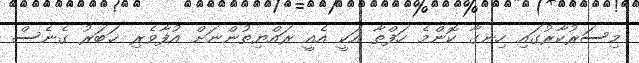
މިސަރުކާރުގައި ހިނގާ ކޮންމެ ހަފްތާ އަކީ އެއީ ރައްޔިތުންނަށް އުފާވެރި ޚަބަރު ގެނެސް